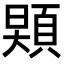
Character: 𩓌